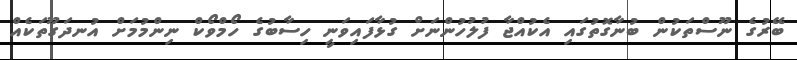
ބޭރުގެ ނޫސްތަކުން ބުނާގޮތުގައި އެކުއްޖާ ފުލުހުންނަށް ގުޅާފައިވަނީ ހިސާބުގެ ހޯމްވޯކް ނިންމުމަށް އުނދަގޫތަކެއް